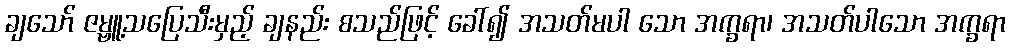
ချသော် ဇမ္ဗူ့သပြေသီးမှည့် ချနည်း စသည်ဖြင့် ခေါ်၍ အသတ်မပါ သော အက္ခရာ၊ အသတ်ပါသော အက္ခရာ